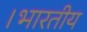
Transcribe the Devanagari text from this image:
।भारतीय